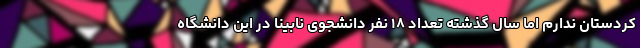
کردستان ندارم اما سال گذشته تعداد ۱۸ نفر دانشجوی نابینا در این دانشگاه